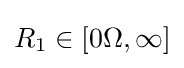
R_{1}\in [0\Omega ,\infty ]